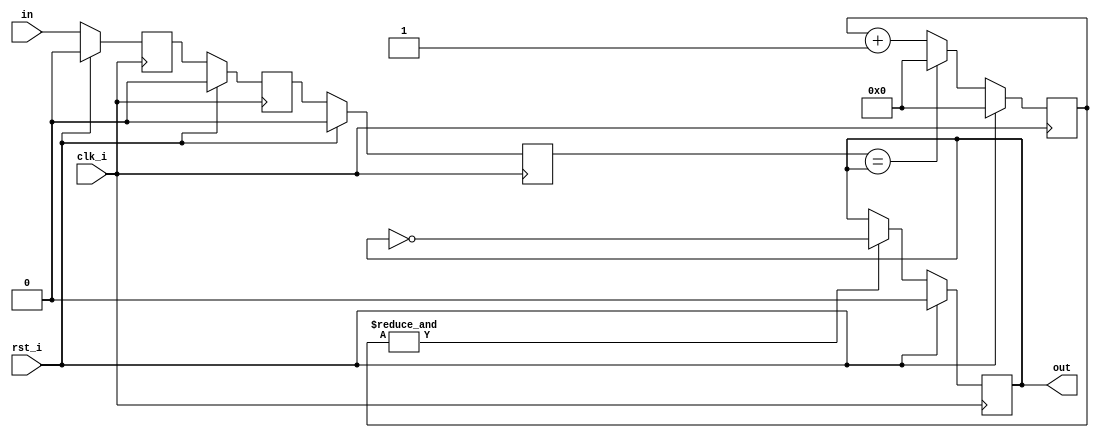
`timescale 1ns / 1ps

module button(
    input wire clk_i,
    input wire rst_i,
    input wire in,
    output wire out
);

reg reg1;
reg reg2;
reg cur_in;
reg cur_out;

reg [4:0] count;

assign out = cur_out;

always @(posedge clk_i) begin
    if (rst_i) begin
        reg1 <= 0;
        reg2 <= 0;
        cur_in <= 0;
        cur_out <= 0;
        count <= 0;
    end else begin
        reg1 <= in;
        reg2 <= reg1;
        cur_in <= reg2;

        if (cur_in == cur_out) begin
            count <= 0;
        end else begin
            count <= count + 1;
        end

        if (&count) begin
            cur_out <= ~cur_out;
        end
    end
end

endmodule